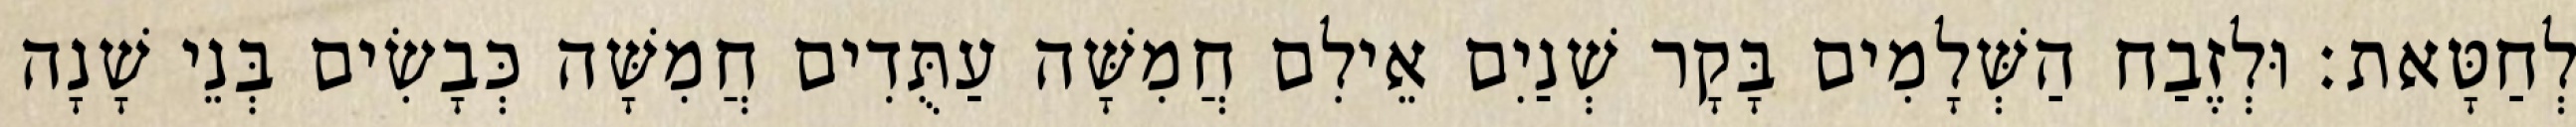
לְחַטָּאת׃ וּלְזֶבַח הַשְּׁלָמִים בָּקָר שְׁנַיִם אֵילִם חֲמִשָּׁה עַתֻּדִים חֲמִשָּׁה כְּבָשִׂים בְּנֵי שָׁנָה